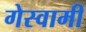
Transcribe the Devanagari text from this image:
गेस्वामी